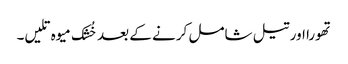
تھورا اور تیل شامل کرنے کے بعد خُشک میوہ تلیں۔